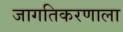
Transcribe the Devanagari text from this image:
जागतिकरणाला